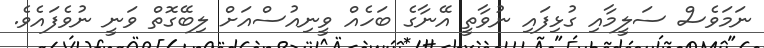
ނަމަވެސް ސަލީމާއި ގުޅިފައި ނުވާތީ އޭނާގެ ބަހެއް ވީނިއުސްއަށް ލިބޭގޮތް ވަނީ ނުވެފައެވެ.